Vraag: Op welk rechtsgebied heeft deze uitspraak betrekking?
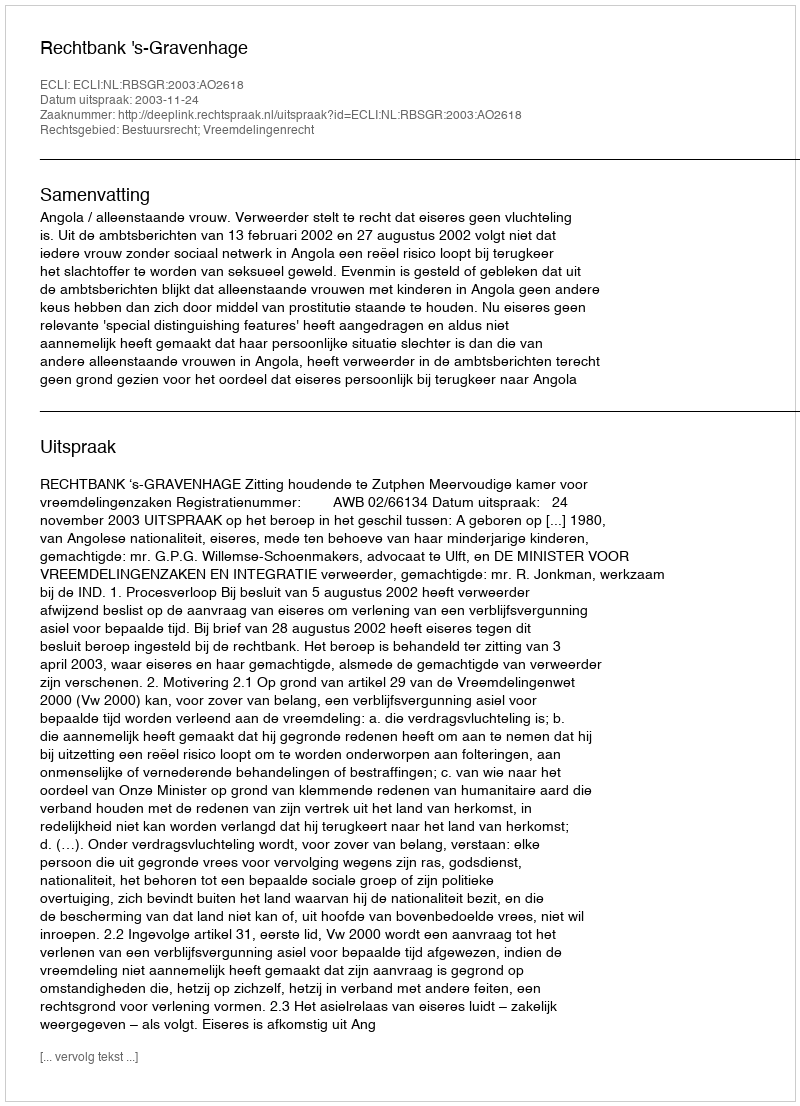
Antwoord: Bestuursrecht; Vreemdelingenrecht